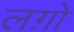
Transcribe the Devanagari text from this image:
लग़ो